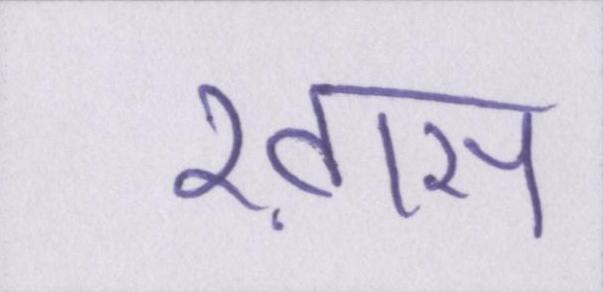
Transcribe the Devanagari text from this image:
ख़ास